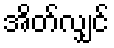
အိတ်လျှင်